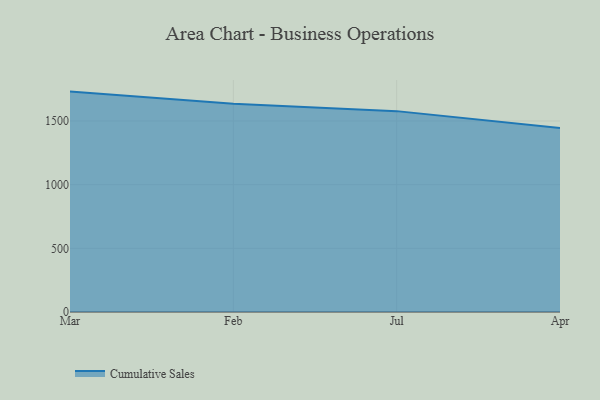
{"axis": {"x": "Month", "y": "Churn Rate (%)"}, "legend": ["Cumulative Sales"], "data": [{"x": "Mar", "y": 1731.0, "type": "Cumulative Sales"}, {"x": "Feb", "y": 1636.0, "type": "Cumulative Sales"}, {"x": "Jul", "y": 1577.6, "type": "Cumulative Sales"}, {"x": "Apr", "y": 1444.6, "type": "Cumulative Sales"}]}